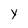
Character: Y